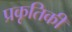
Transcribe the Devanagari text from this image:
प्रकृतिकी